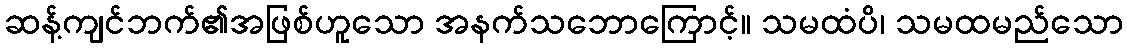
ဆန့်ကျင်ဘက်၏အဖြစ်ဟူသော အနက်သဘောကြောင့်။ သမထံပိ၊ သမထမည်သော